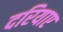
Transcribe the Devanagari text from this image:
दरियाए